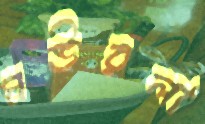
মউরলা